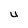
Character: U